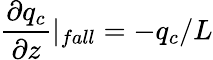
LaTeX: \frac{\partial q_{c}}{\partial z}|_{fall}=-q_{c}/L